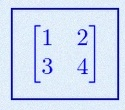
\begin{bmatrix}1&2\\3&4\end{bmatrix}